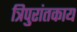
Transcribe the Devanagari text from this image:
त्रिपुरांतकाय